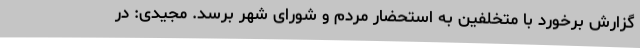
گزارش برخورد با متخلفین به استحضار مردم و شورای شهر برسد. مجیدی: در